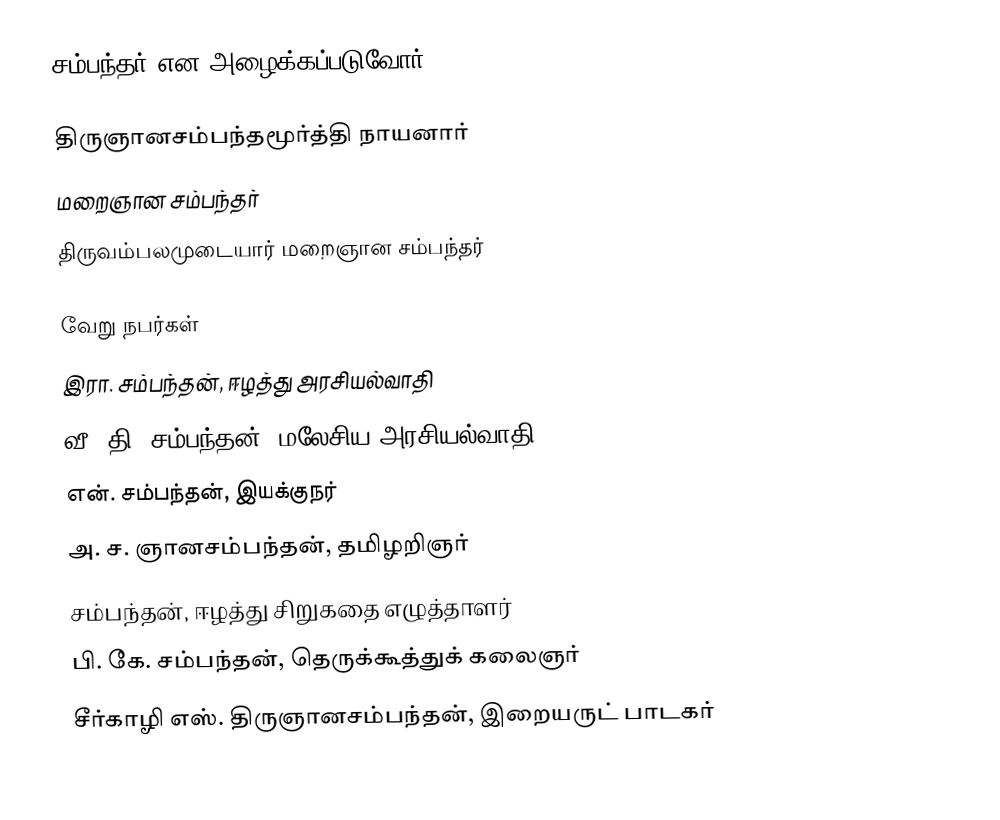
சம்பந்தர் என அழைக்கப்படுவோர்:

 திருஞானசம்பந்தமூர்த்தி நாயனார்
 மறைஞான சம்பந்தர்
 திருவம்பலமுடையார் மறைஞான சம்பந்தர்

வேறு நபர்கள்
 இரா. சம்பந்தன், ஈழத்து அரசியல்வாதி
 வீ. தி. சம்பந்தன், மலேசிய அரசியல்வாதி
 என். சம்பந்தன், இயக்குநர்
 அ. ச. ஞானசம்பந்தன், தமிழறிஞர்
 சம்பந்தன், ஈழத்து சிறுகதை எழுத்தாளர்
 பி. கே. சம்பந்தன், தெருக்கூத்துக் கலைஞர்
 சீர்காழி எஸ். திருஞானசம்பந்தன், இறையருட் பாடகர்